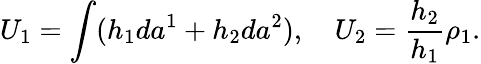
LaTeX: U_{1}=\int(h_{1}da^{1}+h_{2}da^{2}),\quad U_{2}=\frac{h_{2}}{h_{1}}\rho_{1}.